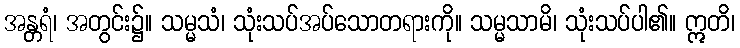
အန္တရံ၊ အတွင်း၌။ သမ္မသံ၊ သုံးသပ်အပ်သောတရားကို။ သမ္မသာမိ၊ သုံးသပ်ပါ၏။ ဣတိ၊